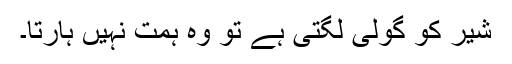
شیر کو گولی لگتی ہے تو وہ ہمت نہیں ہارتا۔